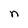
Character: n